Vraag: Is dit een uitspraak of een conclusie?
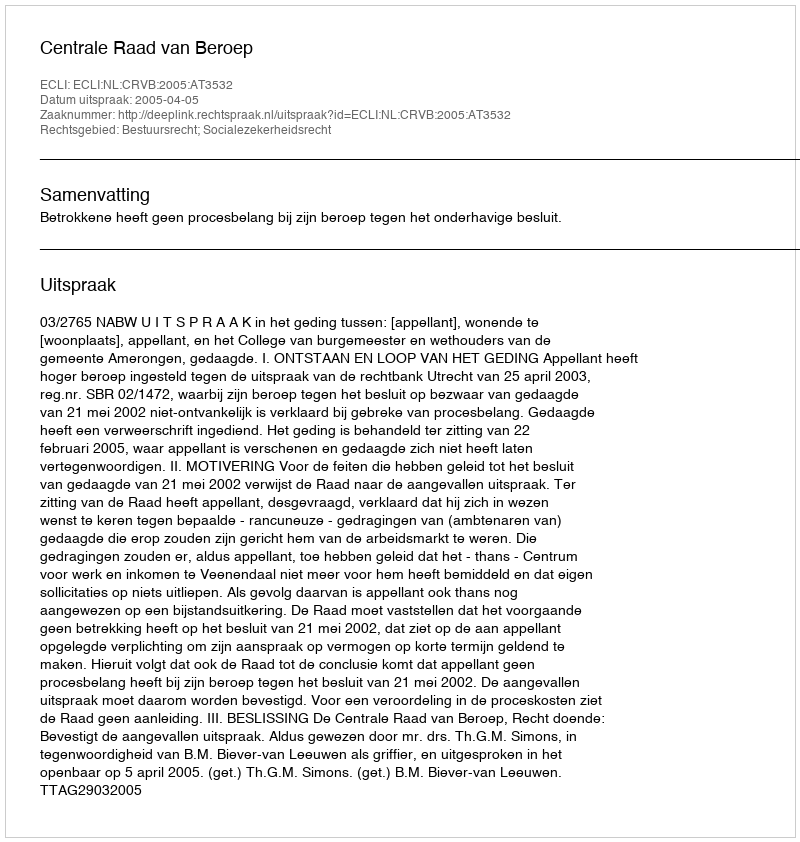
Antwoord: Uitspraak